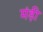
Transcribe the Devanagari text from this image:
मंड़ी